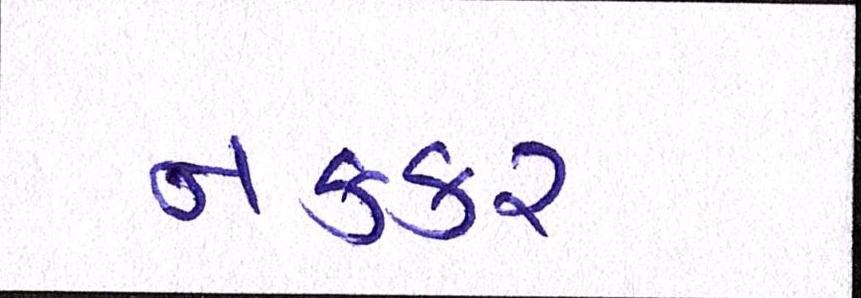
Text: નકકર